Report of an investigation into the causes of malaria in Bombay and the measures necessary for its control
Disease focus: Malaria
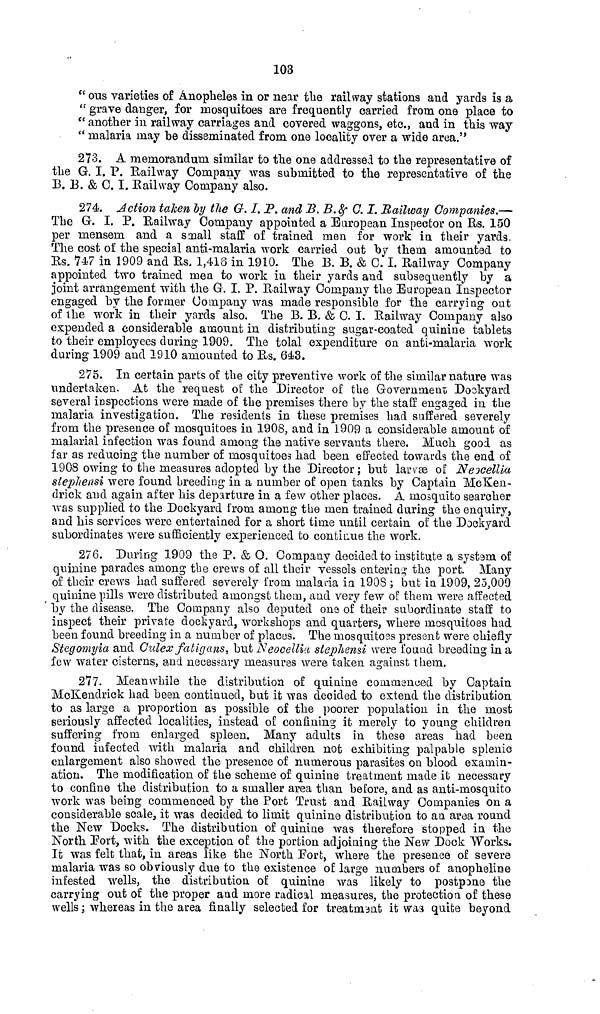
103
" ous varieties of Anopheles in or near the railway stations and yards is a
" grave danger, for mosquitoes are frequently carried from one place to
" another in railway carriages and covered waggons, etc., and in this way
" malaria may be disseminated from one locality over a wide area."
273. A memorandum similar to the one addressed to the representative of
the G. I. P. Railway Company was submitted to the representative of the
13. B. & C. I. Railway Company also.
274. Action taken by the G. I. P. and B. B. B. & C. I. Railway Companies.—
The G. I. P. Railway Company appointed a European Inspector on Rs. 150
per mensem and a small staff of trained men for work in their yard9.
The cost of the special anti-malaria work carried out by them amounted to
Rs. 747 in 1909 and Rs, 1,418 in 1910. The B. B. & C. I. Railway Company
appointed two trained men to work in their yards and subsequently by a
joint arrangement with the G. I. P. Railway Company the European Inspector
engaged by the former Company was made responsible for the carrying out
of the work in their yards also. The B. B, & C. I. Railway Company also
expended a considerable amount in distributing sugar-coated quinine tablets
to their employees during 1909. The total expenditure on anti-malaria work
during 1909 and 1910 amounted to Us. 643.
275. In certain parts of the city preventive work of the similar nature was
undertaken. At the request of the Director of the Government Dockyard
several inspections were made of the premises there by the staff engaged in the
malaria investigation. The residents in these premises had suffered severely
from the presence of mosquitoes in 1908, and in 1909 a considerable amount of
malarial infection was found among the native servants there. Much good as
far as reducing the number of mosquitoes had been effected towards the end of
1908 owing to the measures adopted by the Director; but larvae of Nexellia
stephensi were found breeding in a number of open tanks by Captain MeKen-
drick and again after his departure in a few other places. A mosquito searcher
was supplied to the Dockyard from among the men trained during the enquiry,
and his services were entertained for a short time until certain of the Dockyard
subordinates were sufficiently experienced to continue the work.
276. During 1909 the P. & O. Company decided to institute a system of
quinine parades among the crews of all their vessels entering the port. Many
of their crews had suffered severely from malaria in. 1908 ; but in 1909, 25,000
quinine pills were distributed amongst them, and very few of them were affected
by the disease. The Company also deputed one of their subordinate staff to
inspect their private dockyard, workshops and quarters, where mosquitoes had
been found breeding in a number of places. The mosquitoes present were chiefly
Stegomyia and Culex fatigans, but Neocellia stephensi were found breeding in a
few water cisterns, and necessary measures were taken against them.
277. Meanwhile the distribution of quinine commenced by Captain
McKendrick had been continued, but it was decided to extend the distribution
to as large a proportion as possible of the poorer population in the most
seriously affected localities, instead of confining it merely to young children
suffering from enlarged spleen. Many adults in these areas had been
found infected with malaria and children not exhibiting palpable splenic
enlargement also showed the presence of numerous parasites on blood examin-
ation. The modification of the scheme of quinine treatment made it necessary
to confine the distribution to a smaller area than before, and as anti-mosquito
work was being commenced by the Port Trust and Railway Companies on a
considerable scale, it was decided to limit quinine distribution to an area round
the New Docks. The distribution of quinine was therefore stopped in the
North Port, with the exception of the portion adjoining the New Dock Works.
It was felt that, in areas like the North Fort, where the presence of severe
malaria was so obviously due to the existence of large numbers of anopheline
infested wells, the distribution of quinine was likely to postpone the
carrying out of the proper and more radical measures, the protection of these
wells; whereas in the area finally selected for treatment it was quite beyond